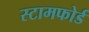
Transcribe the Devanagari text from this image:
स्टामफोर्ड